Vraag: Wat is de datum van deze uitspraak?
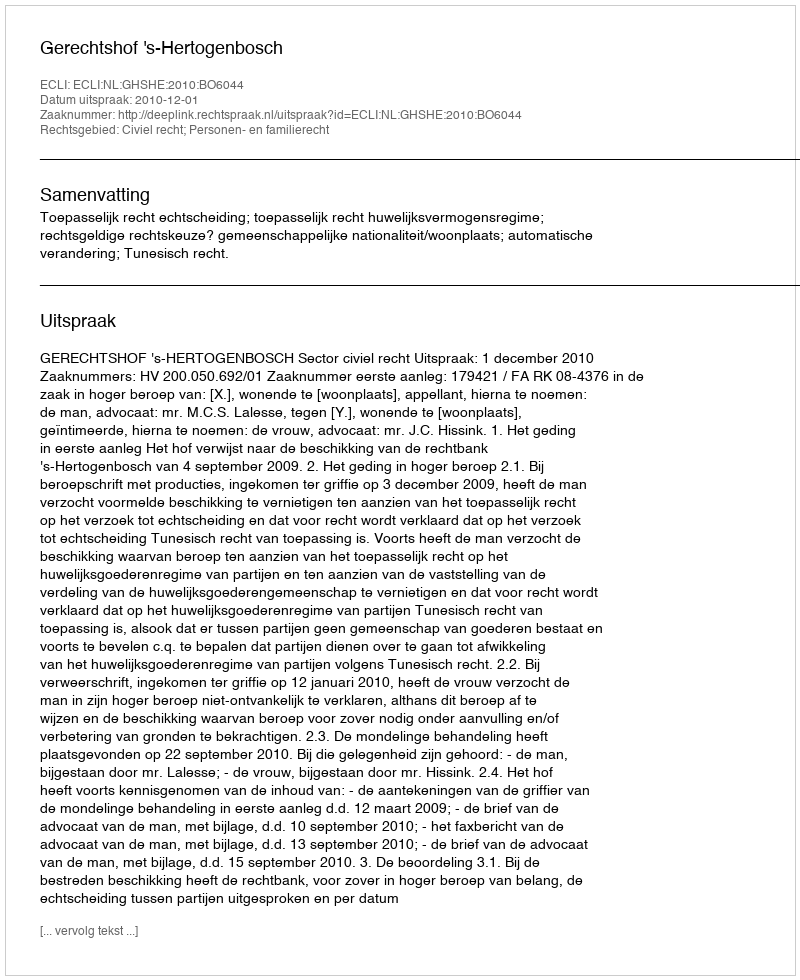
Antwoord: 2010-12-01